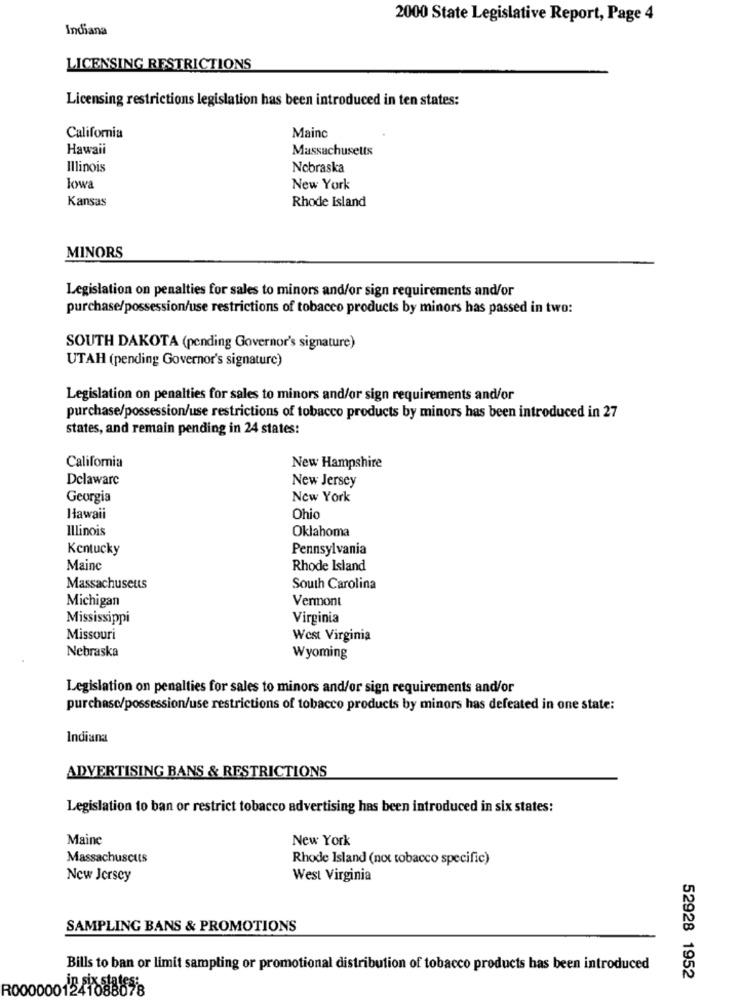
2000 State Legislative Report, Page 4
Indiana
LICENSING RESTRICTIONS
Licensing restrictions legislation has been introduced in ten states:
California
Mainc
Hawaii
Massachusetts
Illinois
Nebraska
lowa
New York
Kansas
Rhode Island
MINORS
Legislation on penalties for sales to minors and/or sign requirements and/or
purchase/possession/use restrictions of tobacco products by minors has passed in two:
SOUTH DAKOTA (pending Governor's signature)
UTAH (pending Governor's signature)
Legislation on penalties for sales to minors and/or sign requirements and/or
purchase/possession/use restrictions of tobacco products by minors has been introduced in 27
states, and remain pending in 24 states:
California
New Hampshire
Delaware
New Jersey
Georgia
New York
Hawaii
Ohio
Illinois
Oklahoma
Kentucky
Pennsylvania
Maine
Rhode Island
Massachusetts
South Carolina
Michigan
Vermont
Mississippi
Virginia
Missouri
West Virginia
Nebraska
Wyoming
Legislation on penalties for sales to minors and/or sign requirements and/or
purchase/possession/use restrictions of tobacco products by minors has defeated in one state:
Indiana
ADVERTISING BANS & RESTRICTIONS
Legislation to ban or restrict tobacco advertising has been introduced in six states:
Maine
New York
Massachuscuts
Rhode Island (nox tobacco specific)
New Jersey
West Virginia
SAMPLING BANS & PROMOTIONS
Bills to ban or limit sampling or promotional distribution of tobacco products has been introduced
52928 1952
RO0000